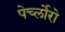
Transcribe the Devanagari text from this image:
पेर्च्लोरो